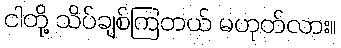
ငါတို့ သိပ်ချစ်ကြတယ် မဟုတ်လား။